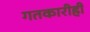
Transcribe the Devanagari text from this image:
गतकारीही